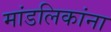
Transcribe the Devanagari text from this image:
मांडलिकांना